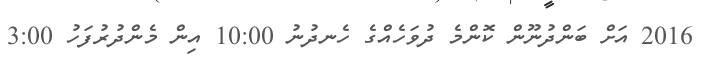
2016 އަށް ބަންދުނޫން ކޮންމެ ދުވަހެއްގެ ހެނދުނު 10:00 އިން މެންދުރުފަހު 3:00